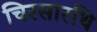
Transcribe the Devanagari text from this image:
चिरसारथि